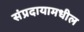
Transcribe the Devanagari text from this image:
संप्रदायामधील